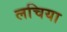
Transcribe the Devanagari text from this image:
लचिया